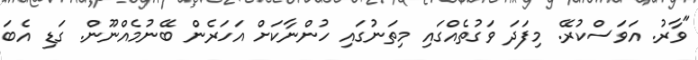
"ވާރު. އަވަސްކުރޭ. މިފަދަ ވަގުތެއްގައި މިތަނުގައި ހުންނާކަށް އަހަރެން ބޭނުމެއްނޫން. ގަޑި އެބަ